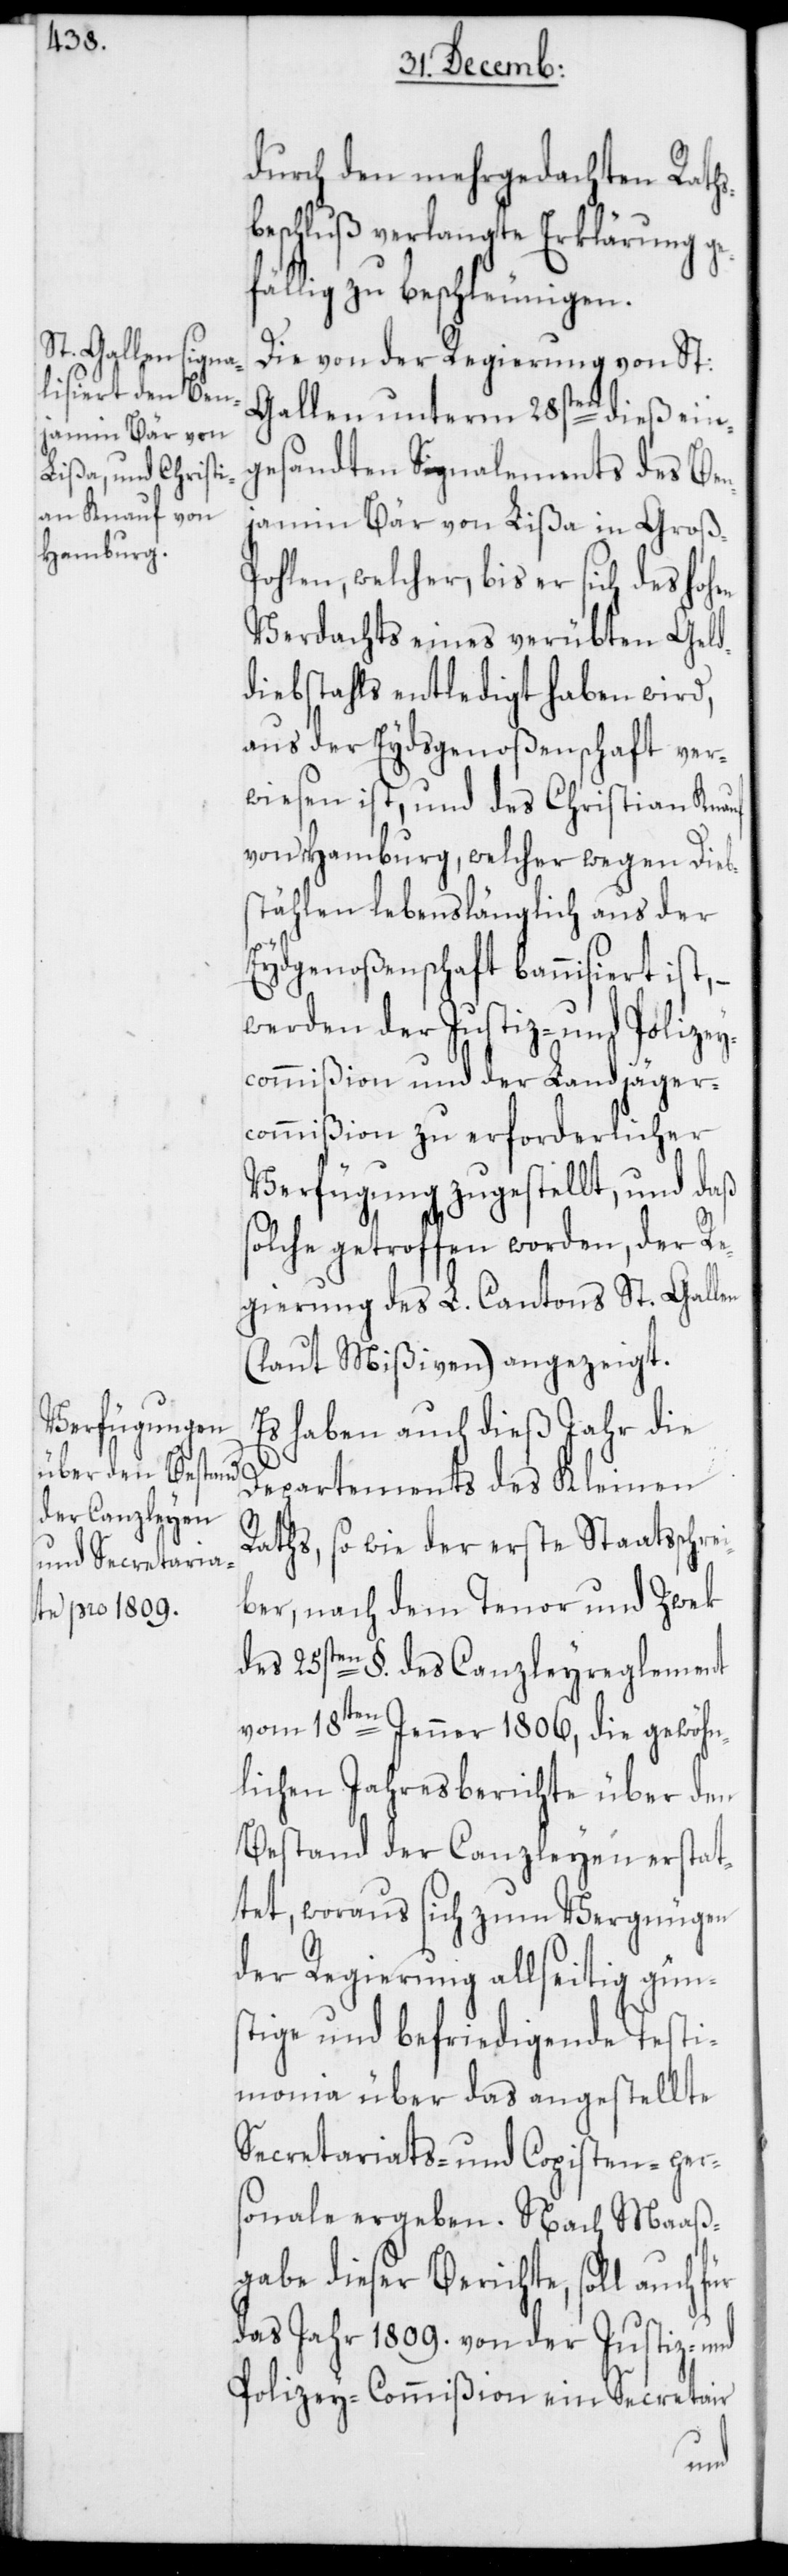
durch den mehrgedachten Rath¬
eschluß verlangte Erklärung g¬
efällig zu beschleunigen.
Die von der Regierung von St:
Gallen unterm 28sten dieß ein¬
gesandten Signalements des Ben¬
jamin Bär von Lißa in Groß-P¬
ohlen, welcher, bis er sich des hohen
Verdachts eines verübten Geld¬
diebstahls entledigt haben wird,
aus der Eydsgenoßenschaft ver¬
wiesen ist, und des Christian Knauf
von Hamburg, welcher wegen Dieb¬
stählen lebenslänglich aus der
Eydgenoßenschaft bannisiert ist,
werden der Justiz- und Polize¬
ycommißion und der Landjäger¬
commißion zu erforderlicher
Verfügung zugestellt, und daß
solche getroffen worden, der R¬
egierung des L. Cantons St. Gallen
(laut Mißiven) angezeigt.
Es haben auch dieß Jahr die
Departements des Kleinen
Raths, so wie der erste Staatsschre¬
ber, nach dem Tenor und Zwek
des 25sten §. des Canzleyreglement
vom 18ten Jenner 1806, die gewöhn¬
lichen Jahresberichte über den
Bestand der Canzleyen erstat¬
tet, woraus sich zum Vergnügen
der Regierung allseitig güns¬
tige und befriedigende Testi¬
monia über das angestellte
Secretariats- und Copisten-pers¬
onale ergeben. Nach Maaß¬
gabe dieser Berichte, soll auch
das Jahr 1809. von der Justiz- und
Polizey-Commißion ein Secretair
i¬